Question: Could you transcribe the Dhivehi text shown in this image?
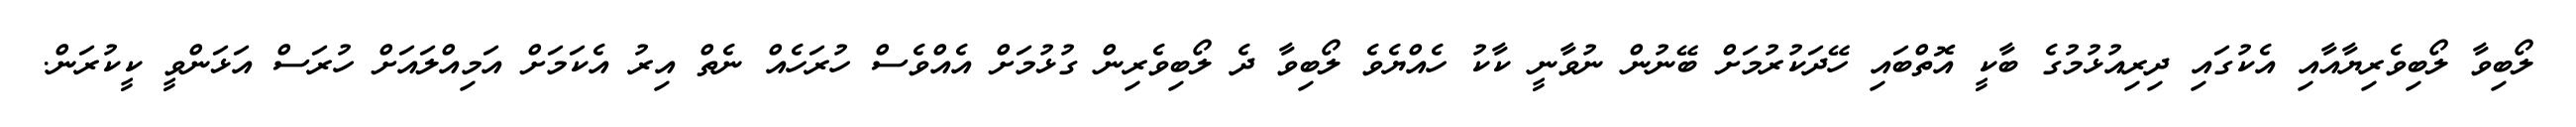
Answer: ލޯބިވާ ލޯބިވެރިޔާއާއި އެކުގައި ދިރިއުޅުމުގެ ބާކީ އޮތްބައި ހޭދަކުރުމަށް ބޭނުން ނުވާނީ ކާކު ހެއްޔެވެ ލޯބިވާ ދެ ލޯބިވެރިން ގުޅުމަށް އެއްވެސް ހުރަހެއް ނެތް އިރު އެކަމަށް އަމިއްލައަށް ހުރަސް އަޅަންވީ ކީކުރަން.